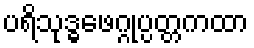
ပရိသုဒ္ဓဖေဂ္ဂုပ္ပတ္တကထာ